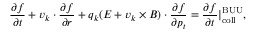
\frac { \partial f } { \partial t } + \boldsymbol { v } _ { k } \cdot { \frac { \partial f } { \partial \boldsymbol { r } } } + q _ { k } ( \boldsymbol { E } + \boldsymbol { v } _ { k } \times \boldsymbol { B } ) \cdot { \frac { \partial f } { \partial \boldsymbol { p } _ { t } } } = \frac { \partial f } { \partial t } | _ { \mathrm { c o l l } } ^ { \mathrm { B U U } } ,